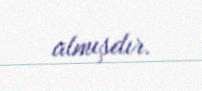
almışdır.